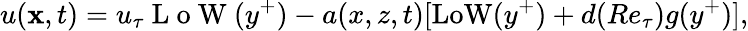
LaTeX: u({\mathbf x},t)=u_{\tau}\mathrm{~L~o~W~}(y^{+})-a(x,z,t)[\mathrm{LoW}(y^{+})+d(Re_{\tau})g(y^{+})],